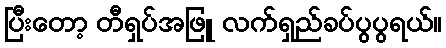
ပြီးတော့ တီရှပ်အဖြူ လက်ရှည်ခပ်ပွပွရယ်။